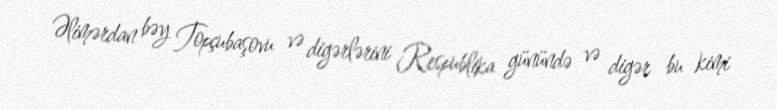
Əlimərdan bəy Topçubaşovu və digərlərini Respublika günündə və digər bu kimi